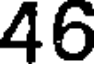
46